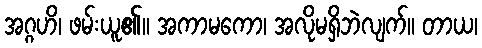
အဂ္ဂဟိ၊ ဖမ်းယူ၏။ အကာမကော၊ အလိုမရှိဘဲလျက်။ တာယ၊